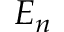
E _ { n }